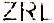
ZRL